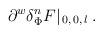
LaTeX: \begin{align*}\partial ^w \delta ^n_{\Phi }F |_{\, 0, \, 0, \, l} \, .\end{align*}